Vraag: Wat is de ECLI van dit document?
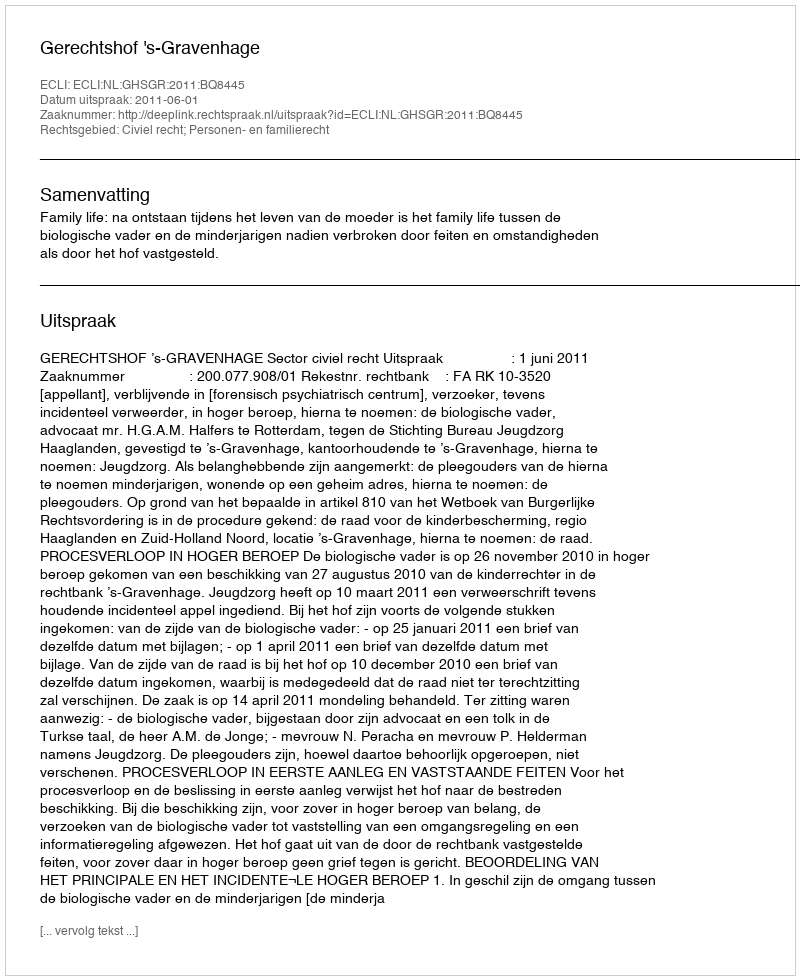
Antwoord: ECLI:NL:GHSGR:2011:BQ8445